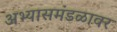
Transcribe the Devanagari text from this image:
अभ्यासमंडळावर